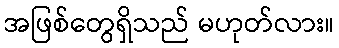
အဖြစ်တွေရှိသည် မဟုတ်လား။